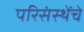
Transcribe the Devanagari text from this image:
परिसंस्थेंचे